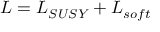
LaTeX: { \cal L } = { \cal L } _ { { S U S Y } } + { \cal L } _ { { s o f t } }